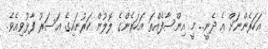
އަހަރެންނަށް އެ ދެނީ.. މީ އިންސާފެއްތަ އަހަރެންގެ ލޮލުން ކަރުނައިގެ އަސަރު ފާޅުވިއެވެ.